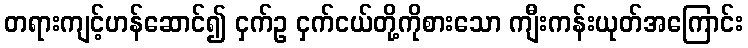
တရားကျင့်ဟန်ဆောင်၍ ငှက်ဥ ငှက်ငယ်တို့ကိုစားသော ကျီးကန်းယုတ်အကြောင်း